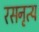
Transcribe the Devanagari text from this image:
रसनृत्य